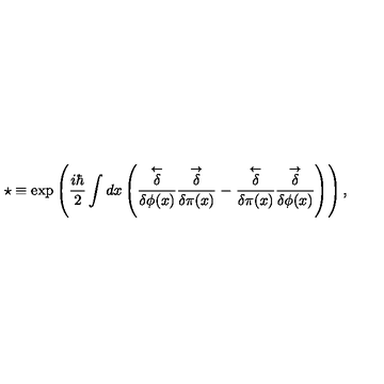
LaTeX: \star \equiv \exp \left( { \frac { i \hbar } { 2 } } \int d x \left( \stackrel { \leftarrow } { \frac { \delta } { \delta \phi ( x ) } } \stackrel { \rightarrow } { \frac { \delta } { \delta \pi ( x ) } } - \stackrel { \leftarrow } { \frac { \delta } { \delta \pi ( x ) } } \stackrel { \rightarrow } { \frac { \delta } { \delta \phi ( x ) } } \right) \right) ,